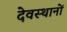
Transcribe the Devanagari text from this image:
देवस्‍थानों